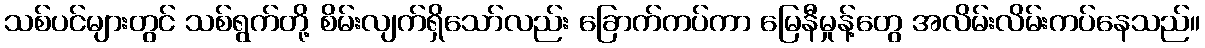
သစ်ပင်များတွင် သစ်ရွက်တို့ စိမ်းလျက်ရှိသော်လည်း ခြောက်ကပ်ကာ မြေနီမှုန့်တွေ အလိမ်းလိမ်းကပ်နေသည်။